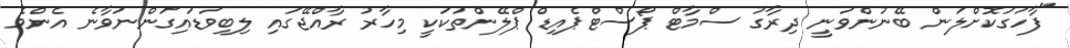
"ފާހަގަކޮށްލަން ބޭނުންވަނީ ދިރާގު ސްމާޓް ޕޯސްޓްޕެއިޑް ޕްލޭންތަކަކީ މިހާރު ރާއްޖޭގައި ލިބިވަޑައިގަންނަވާނެ އެންމެ